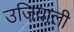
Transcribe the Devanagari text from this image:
उजियाली